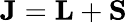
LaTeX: {\mathbf{J}}={\mathbf{L}}+{\mathbf{S}}